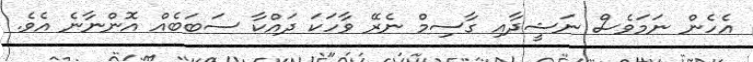
އެހެން ނަމަވެސް ނަޝީދާއި ގާސިމް ނެރޭ ވާހަކަ ދައްކާ ސަބަބެއް އޮންނާނެ އެވެ.